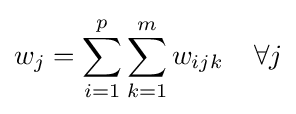
{\begin{aligned}&w_{j}=\sum _{i=1}^{p}\sum _{k=1}^{m}w_{ijk}\;\;\;\;\forall j\\\end{aligned}}